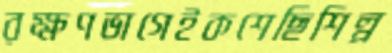
রক্ষণভাগেইকশেছিশিল্প